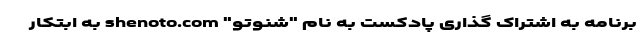
برنامه به اشتراک گذاری پادکست به نام "شنوتو" shenoto.com به ابتکار